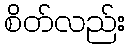
စိတ်လည်း